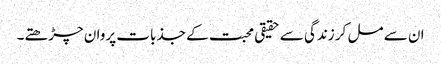
ان سے مل کر زندگی سے حقیقی محبت کے جذبات پروان چڑھتے۔